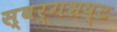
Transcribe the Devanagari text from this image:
स्वर्गभ्रष्ट